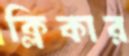
ক্লিকার